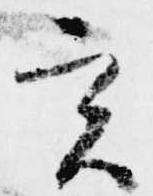
実